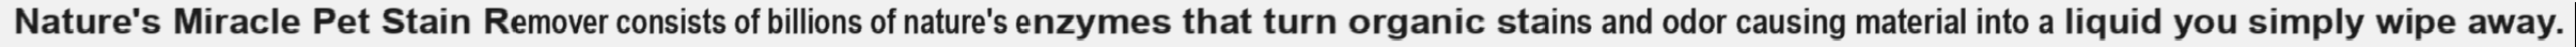
Nature's Miracle Pet Stain Remover consists of billions of nature's enzymes that turn organic stains and odor causing material into a liquid you simply wipe away.